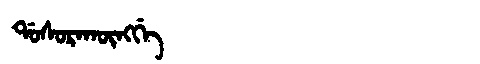
Manchu: ᡩᠣᠰᠣᡵᠠᡴᡡᠩᡤᡝ
Romanization: DOSORAKŪNGGE